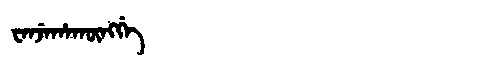
Manchu: ᠸᡝᠨᠵᡝᡥᠠᡴᡡᠩᡤᡝ
Romanization: WENJEHAKŪNGGE